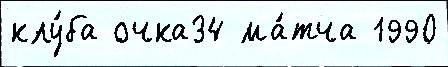
клу́ба очка34 ма́тча 1990